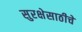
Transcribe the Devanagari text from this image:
सुरक्षेसाठीचे